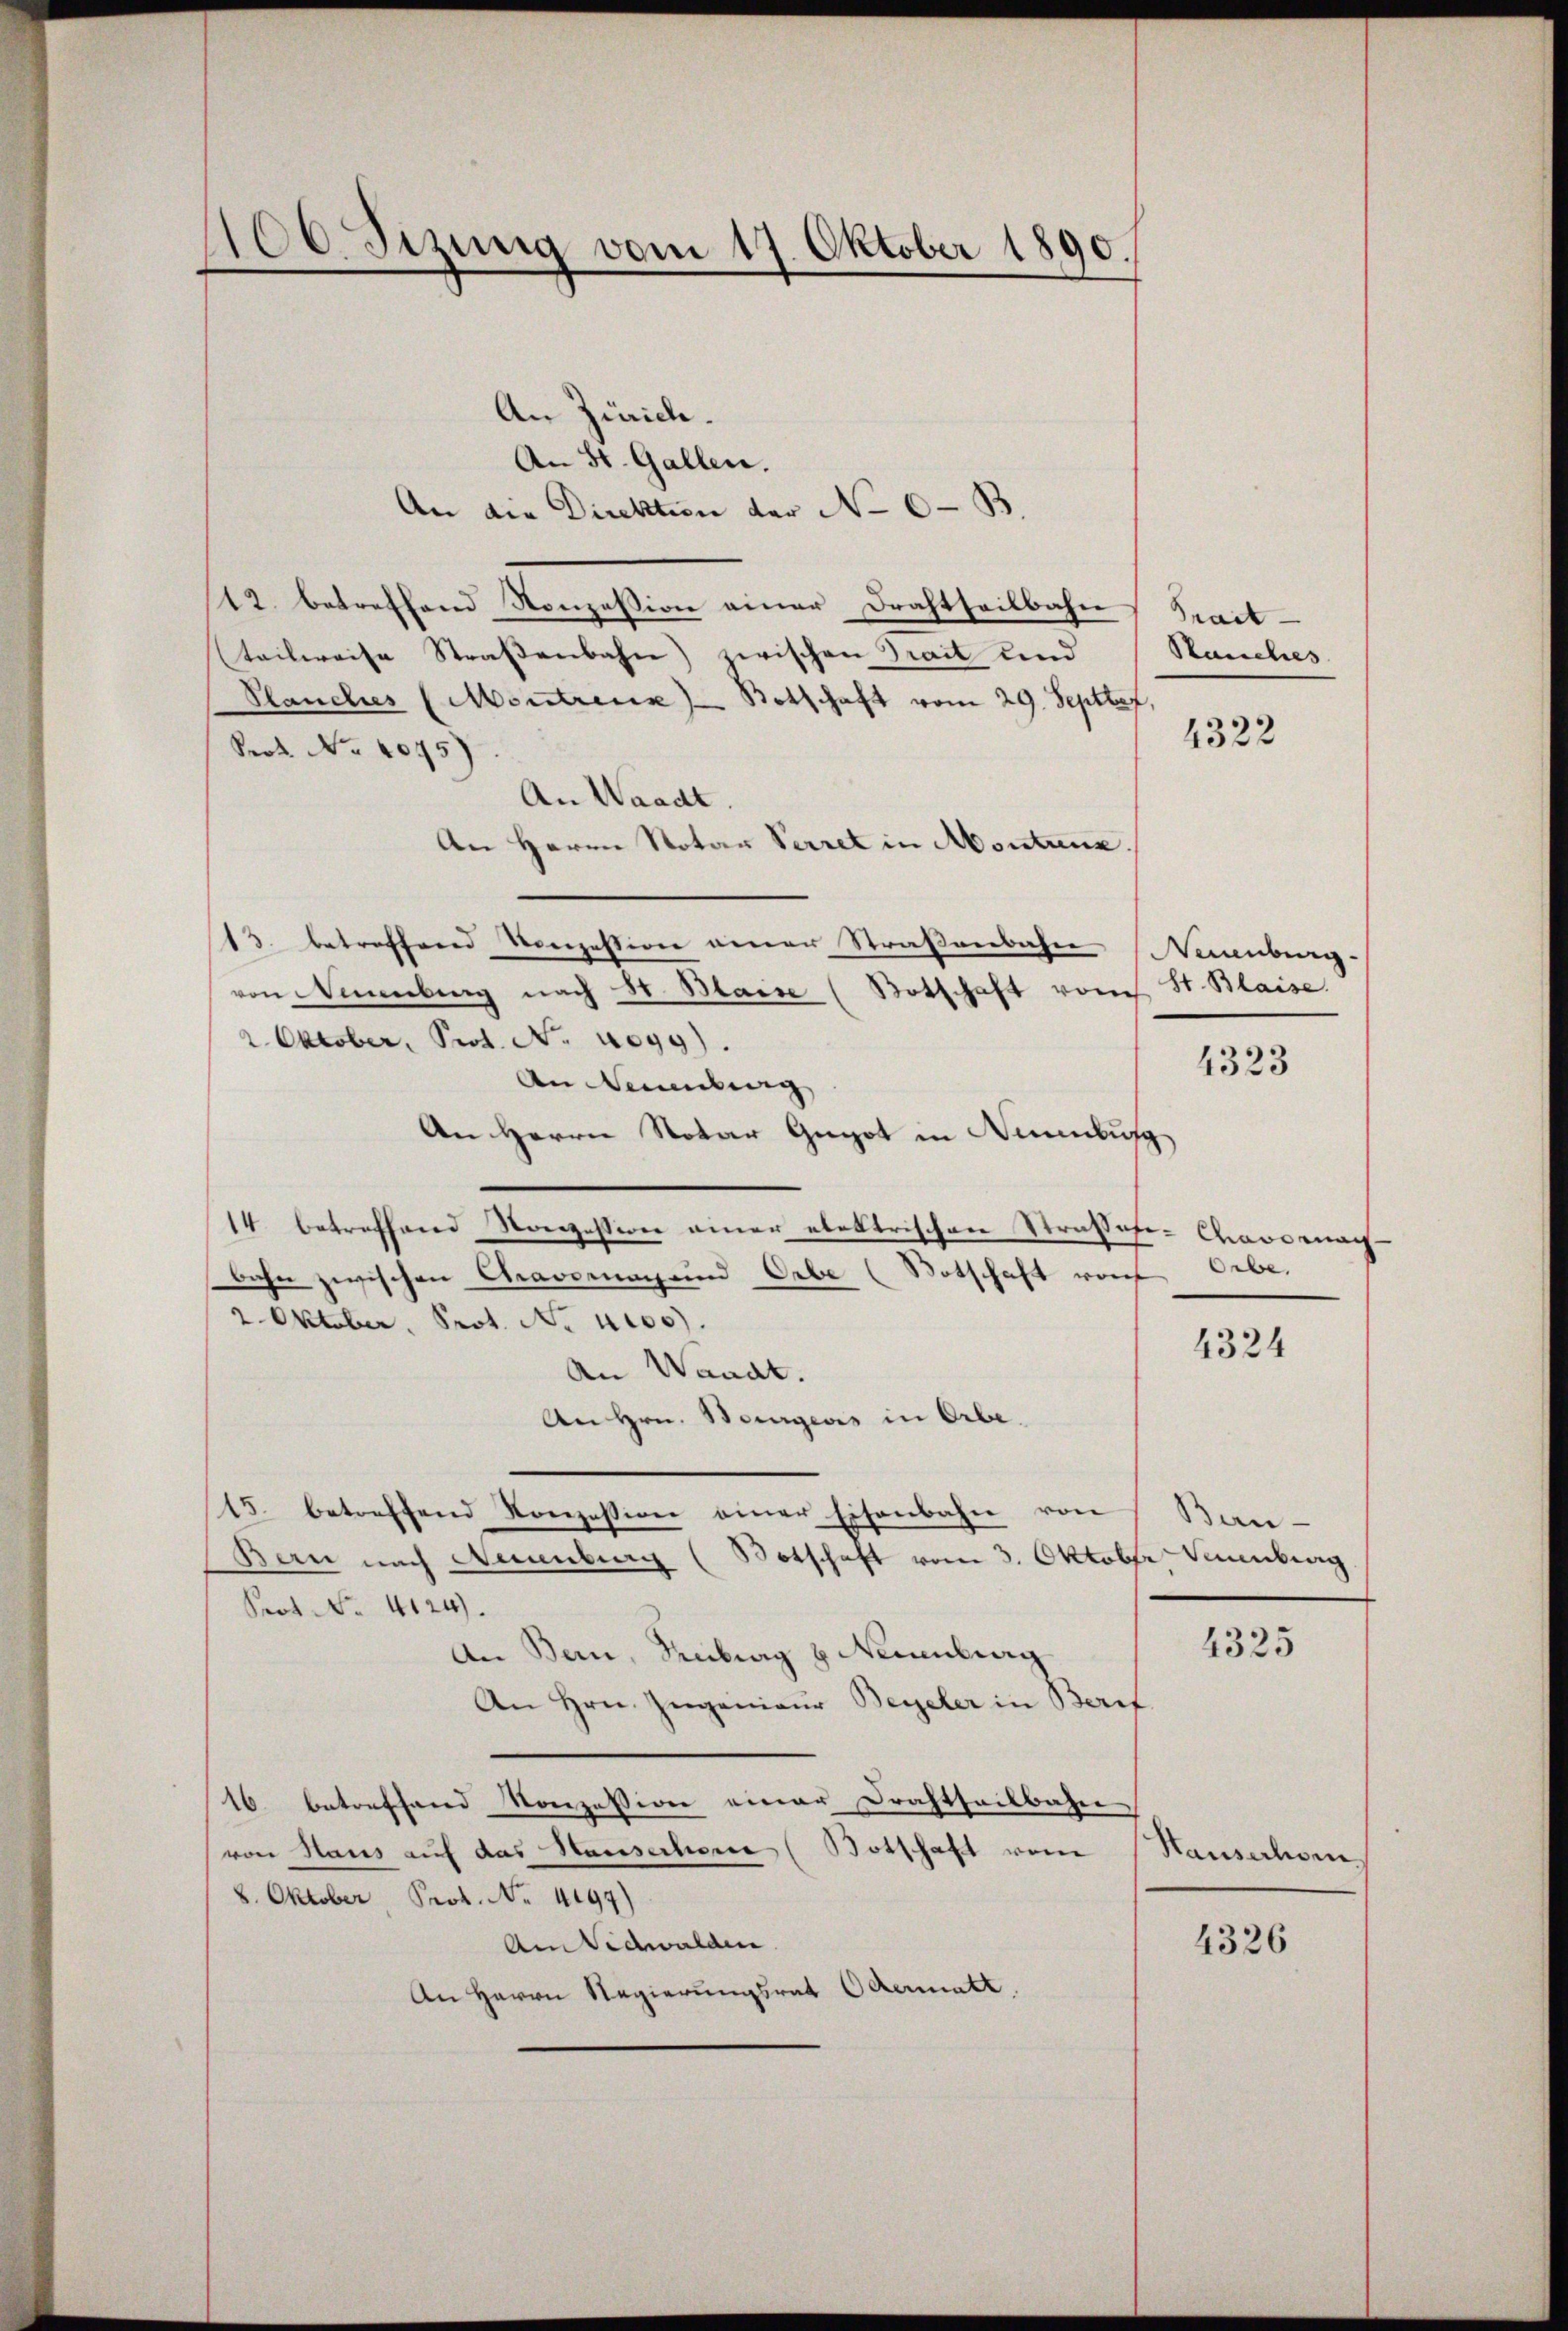
1106. Sizung vom 17. Oktober 1890.

An Zürich.
An St. Gallen.
An die Direktion der No 6. B.
12. betreffend Konzession einer Drahtheilbahn Pract
teilweise Straßenbahn zwischen Trait und
Planches (Montreux) - Botschaft vom 29. Septtef,
Prof. No. 2075).
An Waadt.
An Herrn Notar Secret in Montane
13. betreffend Konzession einer Straßenbahn
von Neuenburg nach S. Blaise (Botschaft vom St. Blaise.
2. Oktober, Prot. N. aogg).
An Neuenburg
An Herrn Notar Gugot in Neuenbusch
14 betreffend Konzession einer elektrischen Strassefe- Cavernach-
bahn zwischen Cravomag und Orbe (Botschaft vor Erbe,
2. Oktober, Prot. No 1100.
An Waadt.
An Hrn. Bourgers in Erbe.
15. betreffend Konzession einer Eisenbahn von
.
Bern nach Neuenburg ( Botschaft vom 3. Oktober Neuenburg
Prof. No. 4124.
An Bern, Freiburg & Neuenburg
An Hrn. Zugenieur Beyeler in Beruf
16 betreffend Konzession einer Drahtheilbahn
von Haus auf das Hausechern (Botschaft vom
8. Oktober, Prot. No. 4197)
AmSidwalden.
An Herrn Regierungsrat Odermatt.

Stauches

4322

Neuenburg.

4323

4324

Ban¬

4325

Hauserhom

4326